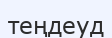
теңдеуд